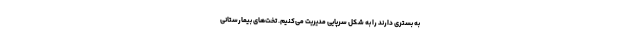
به بستری دارند را به شکل سرپایی مدیریت می‌کنیم. تخت‌های بیمارستانی